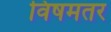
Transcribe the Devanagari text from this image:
विषमतर